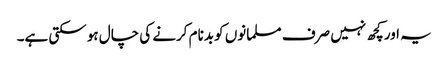
یہ اور کچھ نہیں صرف مسلمانوں کو بدنام کرنے کی چال ہو سکتی ہے۔